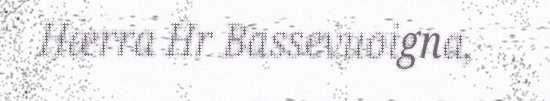
Hærra Hr Bassevuoigna,